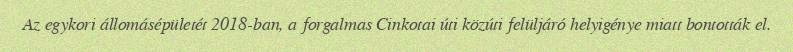
Az egykori állomásépületét 2018-ban, a forgalmas Cinkotai úti közúti felüljáró helyigénye miatt bontották el.